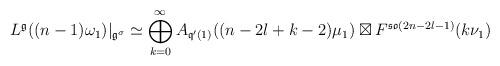
LaTeX: \begin{align*}L^{\frak{g}}((n-1)\omega_1)|_{\frak{g}^\sigma}\simeq\bigoplus_{k=0}^{\infty} A_{\frak{q}'(1)}((n-2l+k-2)\mu_1)\boxtimes F^{\frak{so}(2n-2l-1)}(k\nu_1)\end{align*}